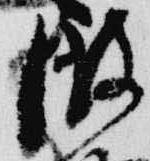
微